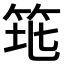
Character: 𥬻